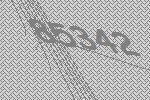
85342